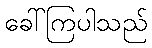
ခေါ်ကြပါသည်